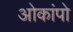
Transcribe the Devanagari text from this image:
ओकांपो